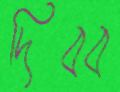
দিব্ব